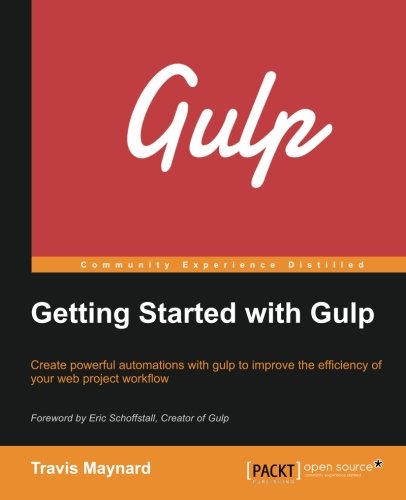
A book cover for Getting Started with Gulp; Travis Maynard; Computers & Technology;